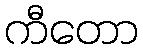
ကီတော